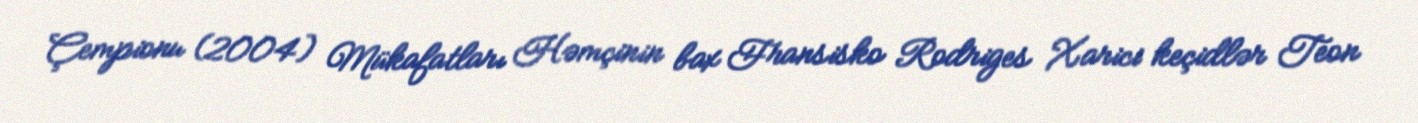
Çempionu (2004) Mükafatları Həmçinin bax Fransisko Rodriges Xarici keçidlər Teon